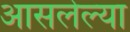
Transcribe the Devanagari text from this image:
आसलेल्या